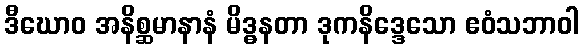
ဒီဃောဝ အနိစ္ဆမာနာနံ မိဒ္ဓနတာ ဒုကနိဒ္ဒေသော ဧဝံသဘာဝါ